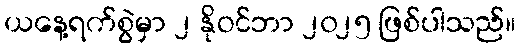
ယနေ့ရက်စွဲမှာ ၂ နိုဝင်ဘာ ၂၀၂၅ ဖြစ်ပါသည်။